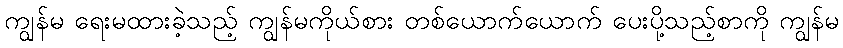
ကျွန်မ ရေးမထားခဲ့သည့် ကျွန်မကိုယ်စား တစ်ယောက်ယောက် ပေးပို့သည့်စာကို ကျွန်မ